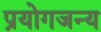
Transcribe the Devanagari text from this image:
प्रयोगजन्य